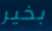
بخير